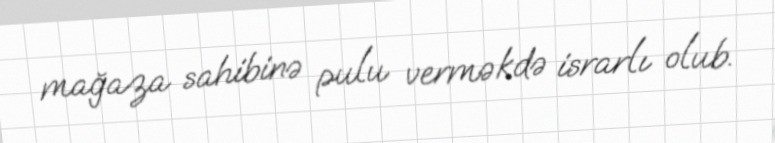
mağaza sahibinə pulu verməkdə israrlı olub.